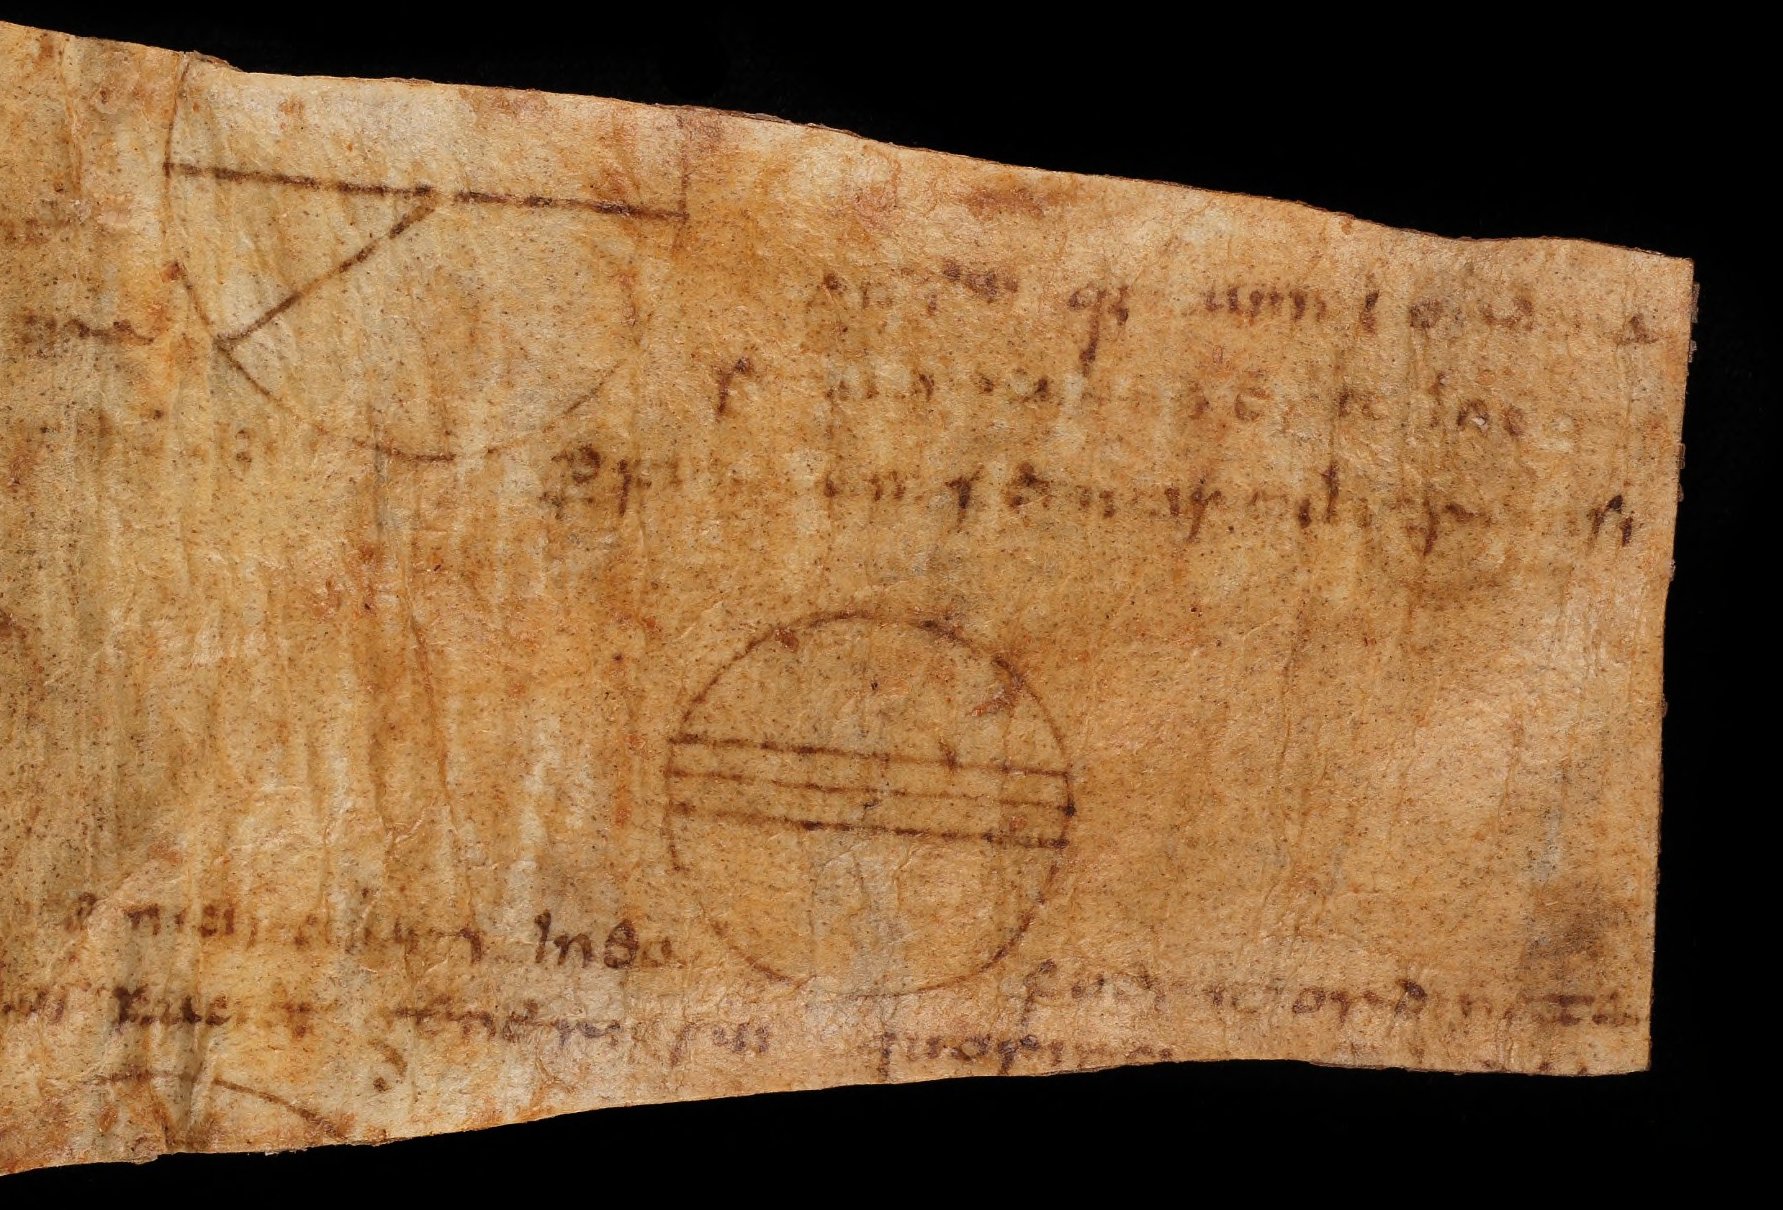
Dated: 800–849